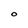
Character: O